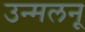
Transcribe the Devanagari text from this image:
उन्मलनू